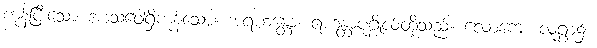
ကုန်ပြီးသော အာသဝေါရှိကုန်သော။ အရဟန္တော၊ ရဟန္တာပုဂ္ဂိုလ်တို့သည်။ လောကေ၊ လူရွာ၌။